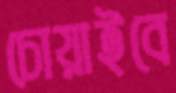
চোয়াইবে